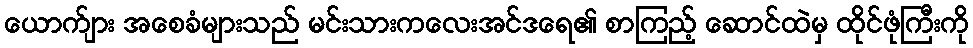
ယောက်ျား အစေခံများသည် မင်းသားကလေးအင်ဒရေ၏ စာကြည့် ဆောင်ထဲမှ ထိုင်ဖုံကြီးကို